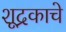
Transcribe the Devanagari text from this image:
शूद्रकाचे